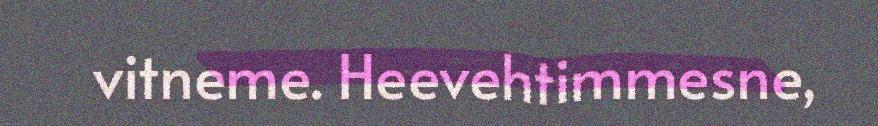
vitneme. Heevehtimmesne,